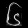
Digit: ၆